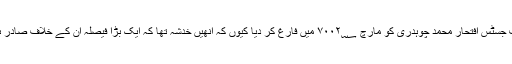
انھوں نے چیف جسٹس افتحار محمد چوہدری کو مارچ ۷۰۰۲؁ میں فارغ کر دیا کیوں کہ انھیں خدشہ تھا کہ ایک بڑا فیصلہ ان کے خلاف صادر ہونے والا ہے۔